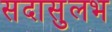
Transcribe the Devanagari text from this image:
सदासुलभ